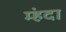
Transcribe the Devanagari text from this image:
म्हंदा